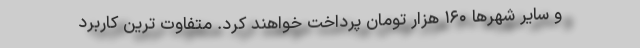
و سایر شهرها ۱۶۰ هزار تومان پرداخت خواهند کرد. متفاوت ترین کاربرد